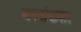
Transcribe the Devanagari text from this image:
जनसंख्याः